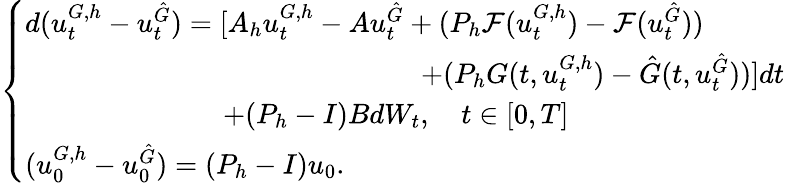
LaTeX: \left\{ \begin{array}{ll}{d(u_{t}^{G,h}-u_{t}^{\hat{G}})=[A_{h}u_{t}^{{G},h}-Au_{t}^{\hat{G}}+(P_{h}\mathcal{F}(u_{t}^{{G},h})-\mathcal{F}(u_{t}^{\hat{G}}))}\\ {\quad\qquad\qquad\qquad\qquad\qquad\qquad\quad+(P_{h}G(t,u_{t}^{G,h})-\hat{G}(t,u_{t}^{\hat{G}}))]dt}\\ {\qquad\qquad\qquad\quad+(P_{h}-I)BdW_{t},\quad t\in[0,T]}\\ {(u_{0}^{G,h}-u_{0}^{\hat{G}})=(P_{h}-I)u_{0}.}\end{array}\right.